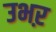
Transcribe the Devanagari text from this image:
उभऱ